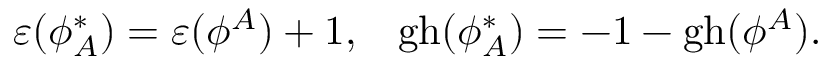
\varepsilon ( \phi _ { A } ^ { * } ) = \varepsilon ( \phi ^ { A } ) + 1 , \; \; \; \mathrm { g h } ( \phi _ { A } ^ { * } ) = - 1 - \mathrm { g h } ( \phi ^ { A } ) .